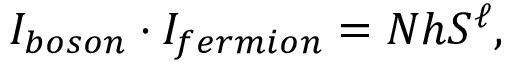
I _ { b o s o n } \cdot I _ { f e r m i o n } = N h S ^ { \ell } ,